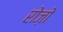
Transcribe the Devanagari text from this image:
रोज़ो